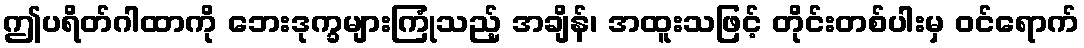
ဤပရိတ်ဂါထာကို ဘေးဒုက္ခများကြုံသည့် အချိန်၊ အထူးသဖြင့် တိုင်းတစ်ပါးမှ ဝင်ရောက်